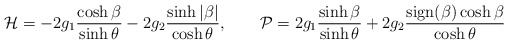
\begin{align*}{\cal H}=-2g_1\frac{\cosh\beta}{\sinh\theta}-2g_2\frac{\sinh|\beta|}{\cosh\theta},\qquad{\cal P}=2g_1\frac{\sinh\beta}{\sinh\theta}+2g_2\frac{ {\rm sign}(\beta)\cosh\beta}{\cosh\theta}\end{align*}